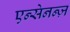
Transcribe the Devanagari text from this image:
एन्सेनन्ज़